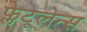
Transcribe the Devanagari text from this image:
फ्लेटूलेन्स